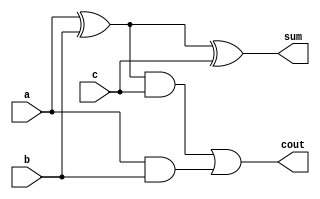

module FA (
    output sum,
    output cout,
    input a,
    input b,
    input c
);

wire t1,t2,t3;
xor G1(t1,a,b);
and G2(t2,a,b);
xor G3(sum,t1,c);
and G4(t3,t1,c);
or G5(cout,t3,t2);

endmodule